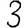
Digit: 3